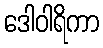
ဒေါဝါရိကာ